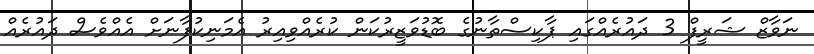
ނަވާޒް ޝަރީފް 3 ދައުރެއްގައި ޕާކިސްތާނުގެ ބޮޑުވަޒީރުކަން ކުރެއްވިއިރު އެމަނިކުފާނަށް އެއްވެސް ދައުރެއް